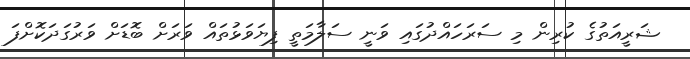
ޝަރީއަތުގެ ކުރިން މި ސަރަހައްދުގައި ވަނީ ސަލާމަތީ ފިޔަވަޅުތައް ވަރަށް ބޮޑަށް ވަރުގަދަކޮށްފަ